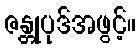
ဇန္တုပုဒ်အဖွင့်။